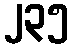
၂၃၅